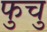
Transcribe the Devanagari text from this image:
फुचु